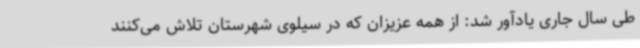
طی سال جاری یادآور شد: از همه عزیزان که در سیلوی شهرستان تلاش می‌کنند